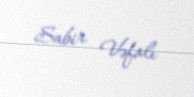
Sabir Vəfalı